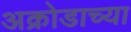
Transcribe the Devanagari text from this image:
अक्रोडाच्या